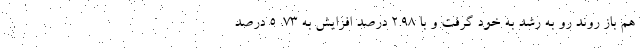
هم باز روند رو به رشد به خود گرفت و با ۲.۹۸ درصد افزایش به ۷۳. ۵ درصد